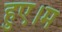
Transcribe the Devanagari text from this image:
हुए।म